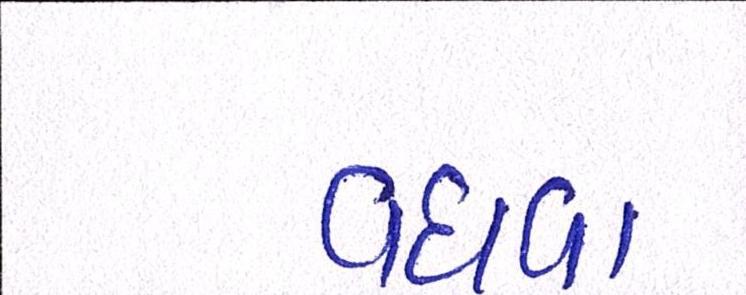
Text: વધવા